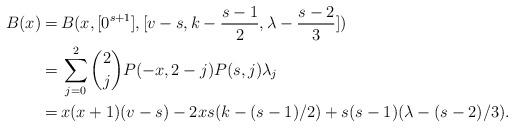
LaTeX: \begin{align*}B(x)=&\,B(x,[0^{s+1}],[v-s,k-\frac{s-1}{2},\lambda-\frac{s-2}{3}])\\=&\,\sum_{j=0}^2{2\choose j}P(-x,2-j)P(s,j)\lambda_j\\=&\,x(x+1)(v-s)-2xs(k-(s-1)/2)+s(s-1)(\lambda-(s-2)/3). \end{align*}